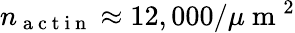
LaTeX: n_{\mathrm{~a~c~t~i~n~}}\approx 12,000/\mu\mathrm{~m~}^{2}